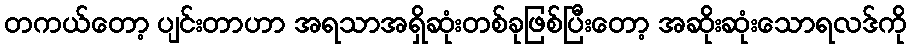
တကယ်တော့ ပျင်းတာဟာ အရသာအရှိဆုံးတစ်ခုဖြစ်ပြီးတော့ အဆိုးဆုံးသောရလဒ်ကို